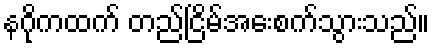
နဂိုကထက် တည်ငြိမ်အေးစက်သွားသည်။